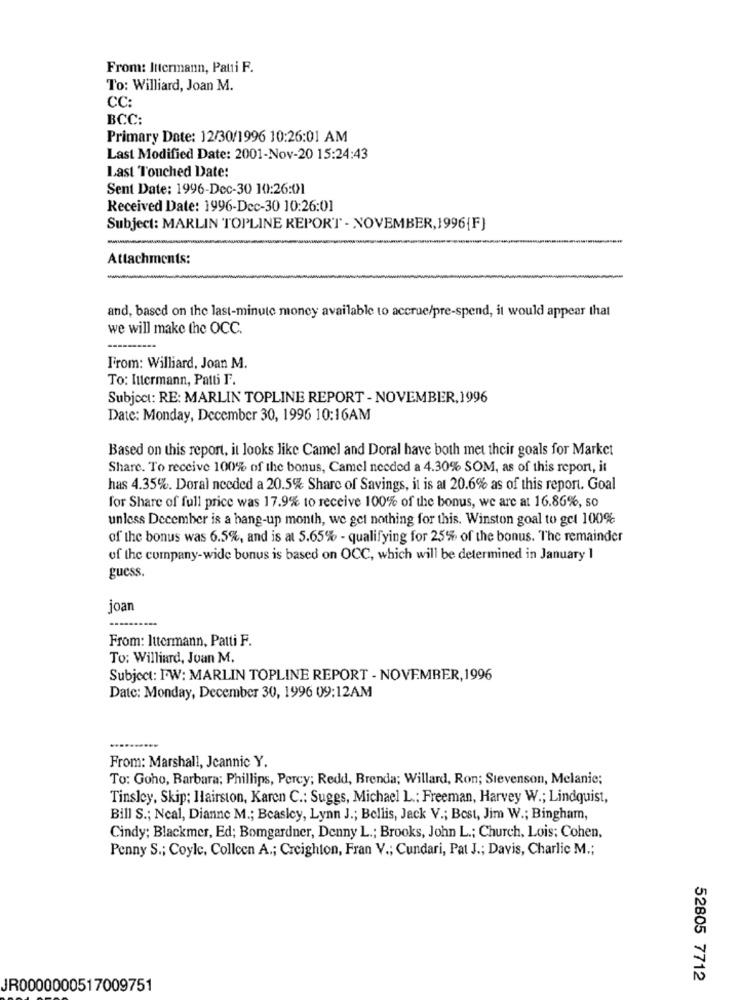
From: Ittermann, Patti F.
To: Williard, Joan M.
CC:
BCC:
Primary Date: 12/30/1996 10:26:01 AM
Last Modified Date: 2001-Nov-20 15:24:43
Last Touched Date:
Sent Date: 1996-Dec-30 10:26:01
Received Date: 1996-Dec-30 10:26:01
Subject: MARLIN TOPLINE REPORT - NOVEMBER, 1996{F}
Attachments:
and, based on the last-minute money available to accrue/pre-spend, it would appear that
we will make the OCC.
From: Williard, Joan M.
To: Ittermann, Patti F.
Subject: RE: MARLIN TOPLINE REPORT-NOVEMBER.1996
Date: Monday, December 30, 1996 10:16AM
Based on this report, it looks like Camel and Doral have both met their goals for Market
Share. To receive 100% of the bonus, Camel needed a 4.30% SOM, as of this report, it
has 4.35%. Doral needed a 20.5% Share of Savings, it is at 20.6% as of this report. Goal
for Share of full price was 17.9% to receive 100% of the bonus, we are at 16.86%, so
unless December is a hang-up month, we get nothing for this. Winston goal to get 100%
of the bonus was 6.5%, and is at 5.65% - qualifying for 25% of the bonus. The remainder
of the company-wide bonus is based on OCC, which will be determined in January 1
guess.
joan
From: Ittermann, Patti F.
To: Williard, Juan M.
Subject: FW: MARLIN TOPLINE REPORT - NOVEMBER, 1996
Date: Monday, December 30, 1996 09:12AM
From: Marshall, Jeannic Y.
To: Goho, Barbara; Phillips, Percy; Redd, Brenda; Willard, Ron; Stevenson, Melanie;
Tinsley, Skip; Hairston, Karen C .: Suggs, Michael L .: Freeman, Harvey W .; Lindquist,
Bill S .; Ncal, Dianne M .; Beasley, Lynn J .; Bellis, Jack V .; Best, Jim W .; Bingham,
Cindy: Blackmer, Ed; Bomgardner, Denny L .; Brooks, John L .; Church, Lois: Cohen,
Penny S .; Coyle, Colleen A .; Creighton, Fran V .; Cundari, Pat J .; Davis, Charlie M .;
52805 7712
JR0000000517009751